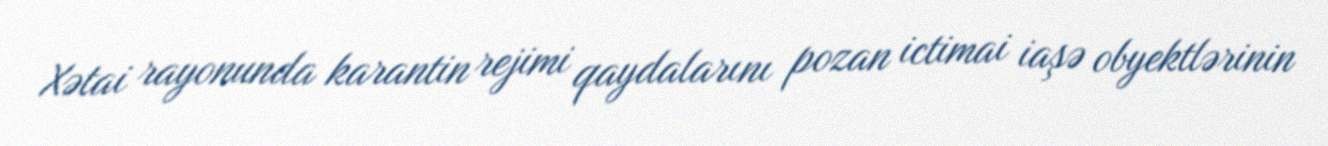
Xətai rayonunda karantin rejimi qaydalarını pozan ictimai iaşə obyektlərinin